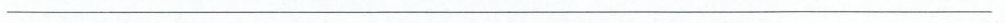
___